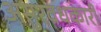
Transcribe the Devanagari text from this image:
असुरवधकारी